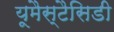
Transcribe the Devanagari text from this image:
यूमैस्टैसिडी